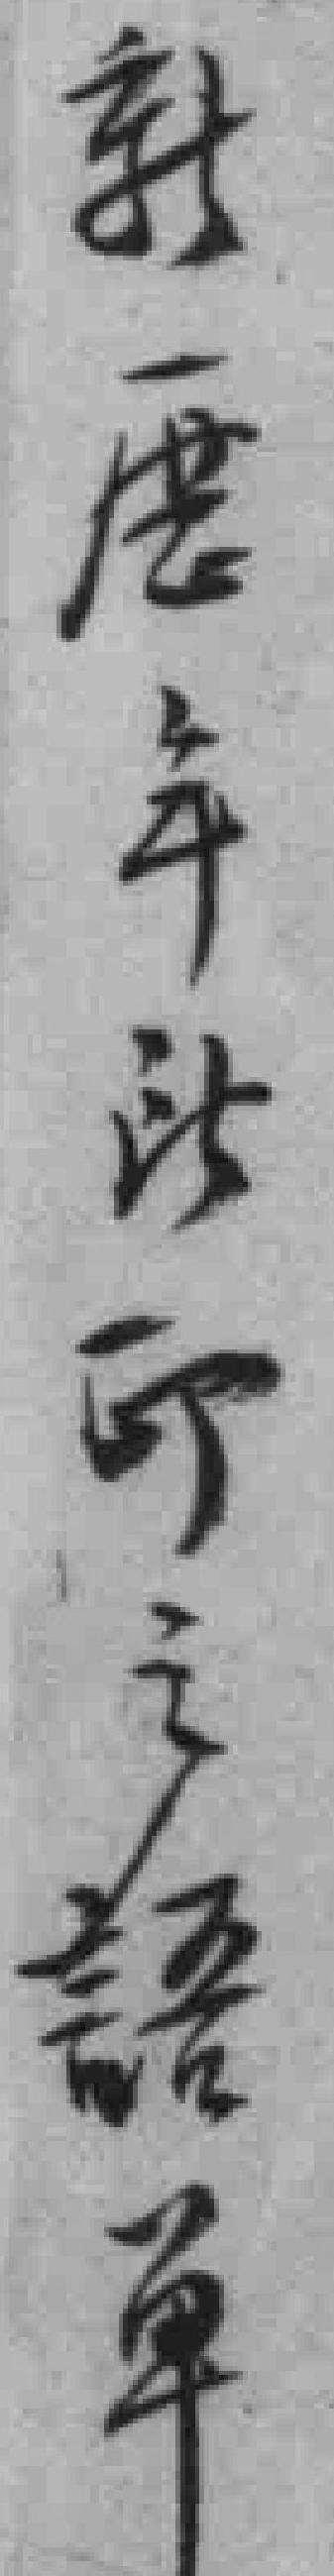
新歴年*印之語单